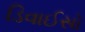
ડિવાઈસો